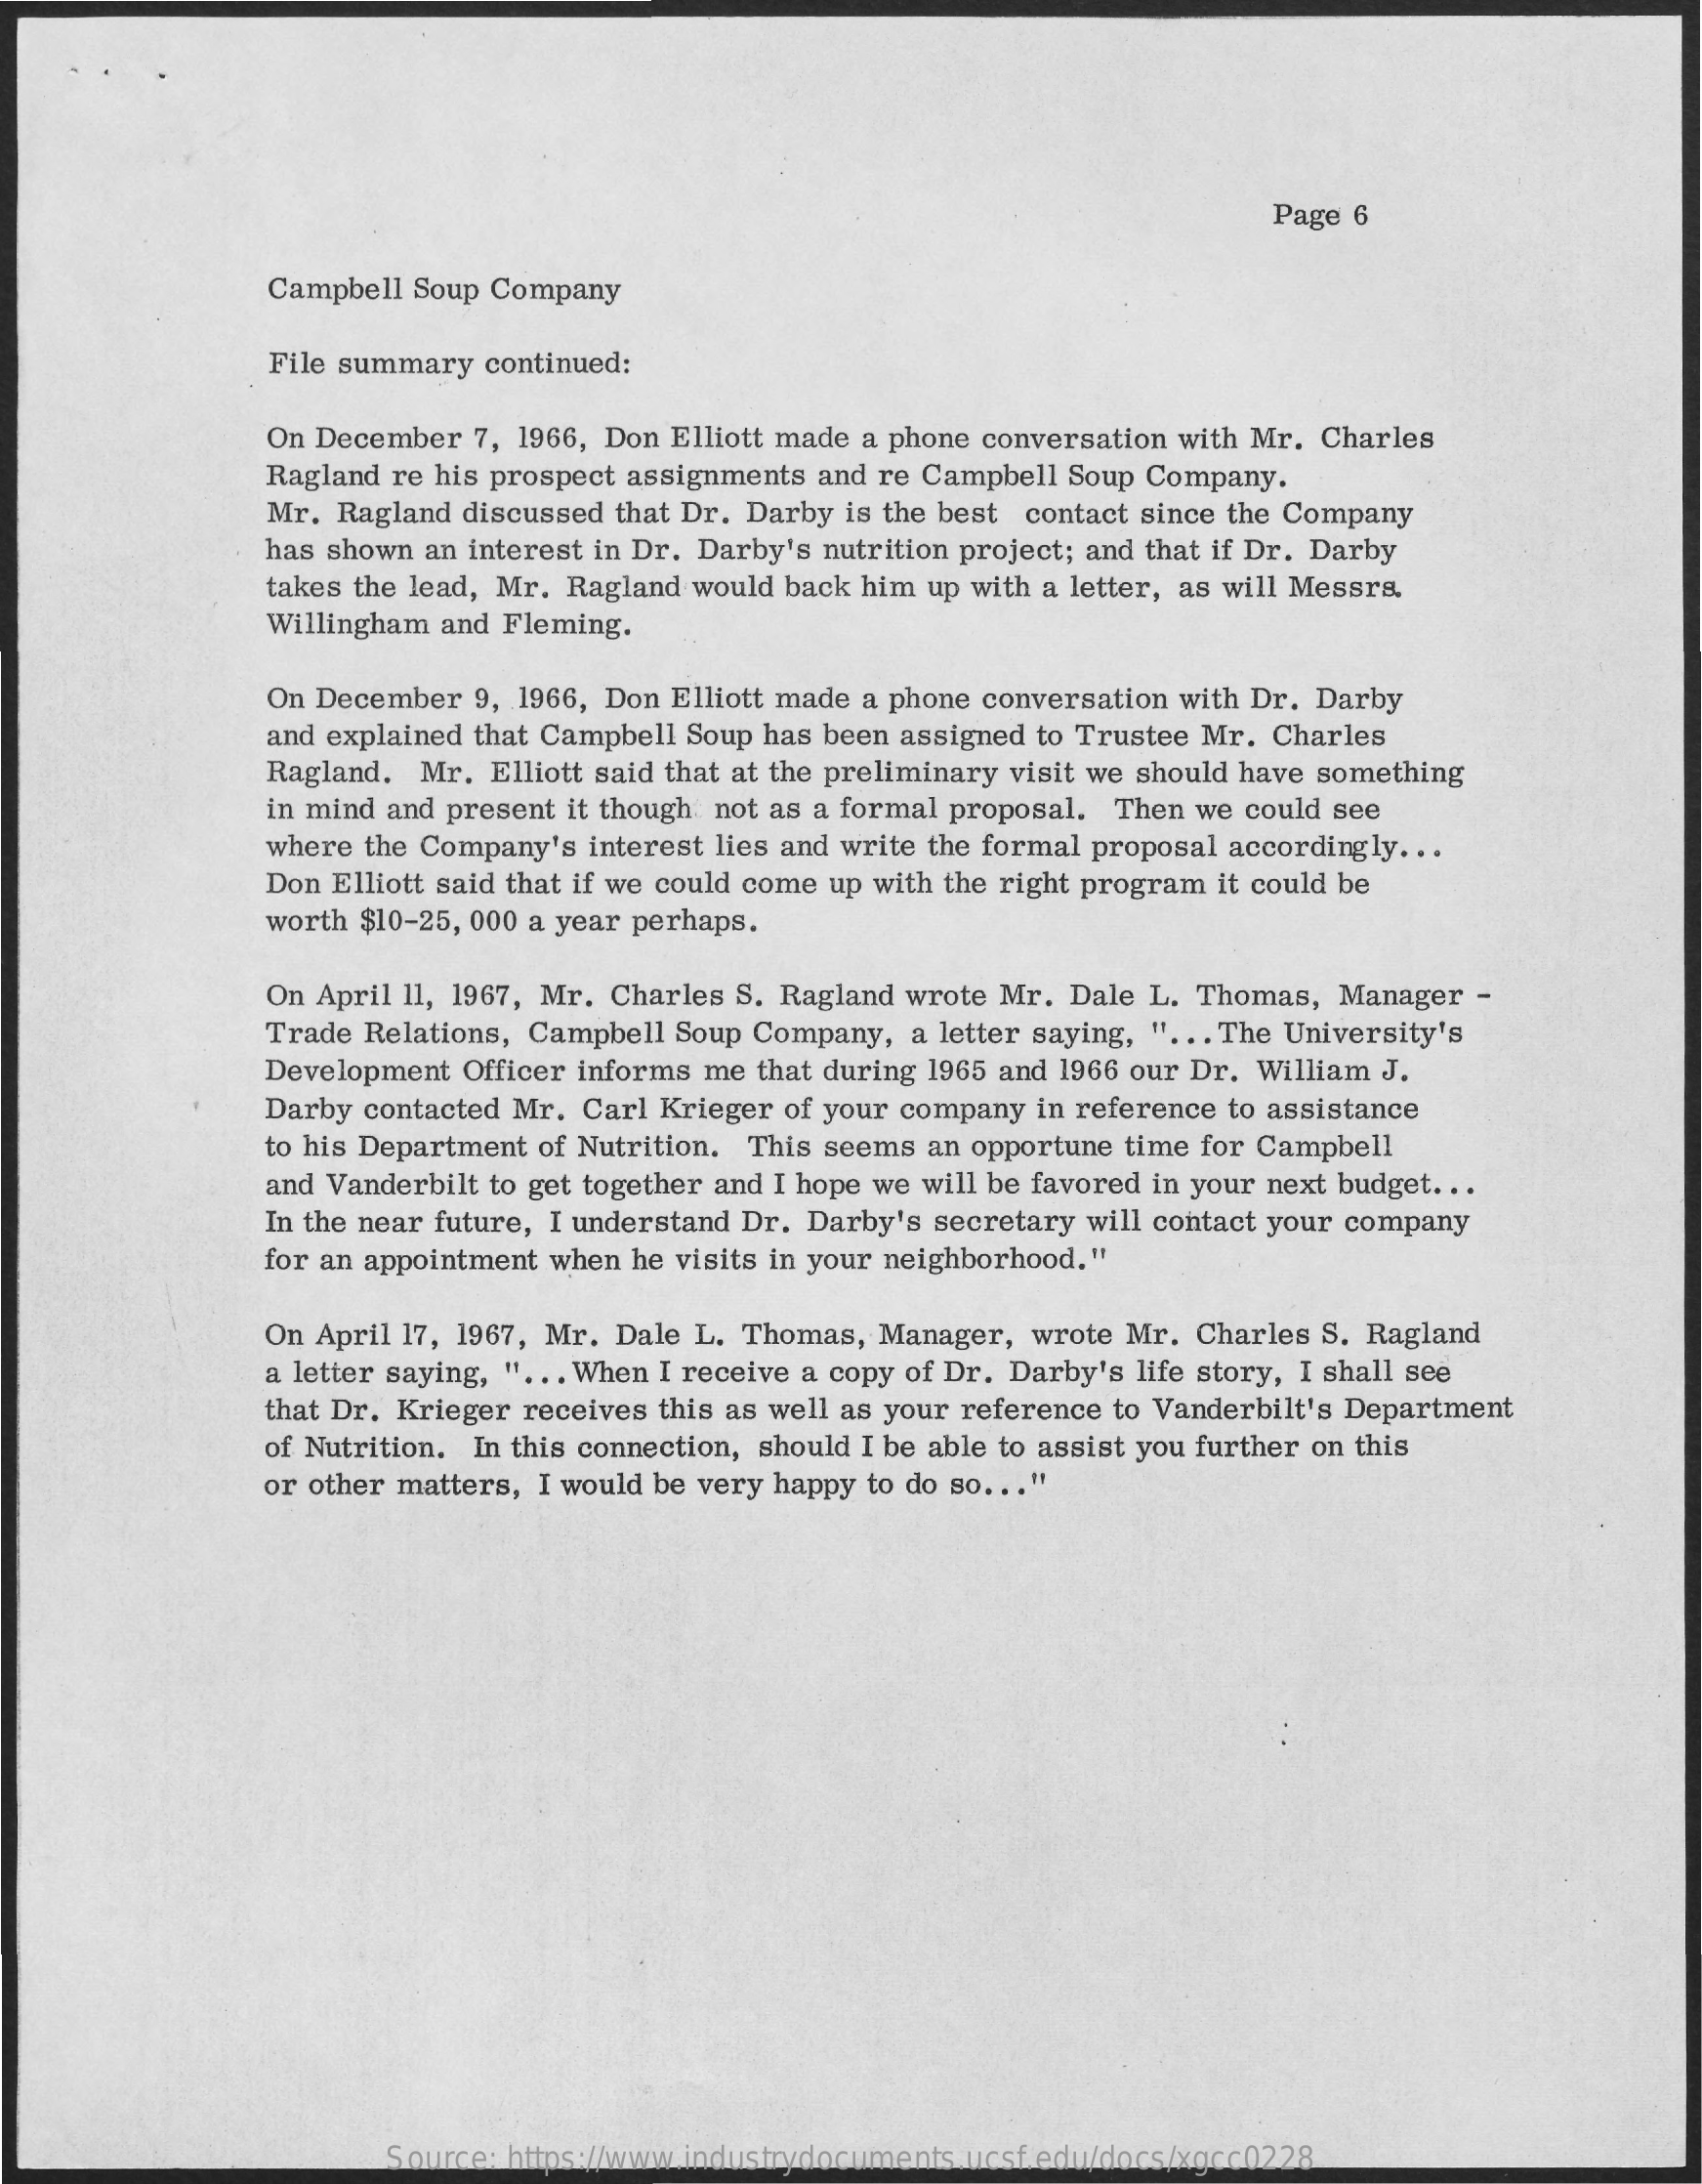
Page 6
     Campbell Soup Company
     File summary continued:
     On December 7, 1966, Don Elliott made a phone conversation with Mr. Charles
     Ragland re his prospect assignments and re Campbell Soup Company.
     Mr. Ragland discussed that Dr. Darby is the best contact since the Company
     has shown an interest in Dr. Darby's nutrition project; and that if Dr. Darby
     takes the lead, Mr. Ragland would back him up with a letter, as will Messrs
     Willingham and Fleming.
     On December 9, 1966, Don Elliott made a phone conversation with Dr. Darby
     and explained that Campbell Soup has been assigned to Trustee Mr. Charles
     Ragland. Mr. Elliott said that at the preliminary visit we should have something
     in mind and present it though not as a formal proposal. Then we could see
     where the Company's interest lies and write the formal proposal accordingly ...
     Don Elliott said that if we could come up with the right program it could be
     worth $10-25, 000 a year perhaps.
     On April 11, 1967, Mr. Charles S. Ragland wrote Mr. Dale L. Thomas, Manager -
     Trade Relations, Campbell Soup Company, a letter saying, " ... The University's
     Development Officer informs me that during 1965 and 1966 our Dr. William J.
     Darby contacted Mr. Carl Krieger of your company in reference to assistance
     to his Department of Nutrition. This seems an opportune time for Campbell
     and Vanderbilt to get together and I hope we will be favored in your next budget .. .
     In the near future, I understand Dr. Darby's secretary will contact your company
     for an appointment when he visits in your neighborhood."
     On April 17, 1967, Mr. Dale L. Thomas, Manager, wrote Mr. Charles S. Ragland
     a letter saying, " ... When I receive a copy of Dr. Darby's life story, I shall see
     that Dr. Krieger receives this as well as your reference to Vanderbilt's Department
     of Nutrition. In this connection, should I be able to assist you further on this
     or other matters, I would be very happy to do so ... "
     Source: https://www.industrydocuments.ucsf.edu/docs/xgcc0228